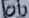
Text: 10U